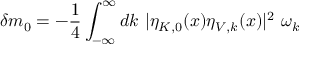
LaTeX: \delta m _ { 0 } = - \frac { 1 } { 4 } \int _ { - \infty } ^ { \infty } d k ~ | \eta _ { K , 0 } ( x ) \eta _ { V , k } ( x ) | ^ { 2 } ~ \omega _ { k }